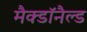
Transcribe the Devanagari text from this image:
मैक्डॉनैल्ड